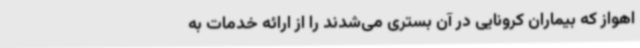
اهواز که بیماران کرونایی در آن بستری می‌شدند را از ارائه خدمات به